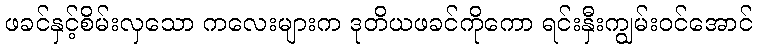
ဖခင်နှင့်စိမ်းလှသော ကလေးများက ဒုတိယဖခင်ကိုကော ရင်းနှီးကျွမ်းဝင်အောင်